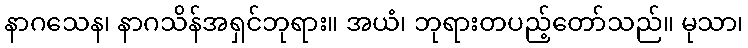
နာဂသေန၊ နာဂသိန်အရှင်ဘုရား။ အယံ၊ ဘုရားတပည့်တော်သည်။ မုသာ၊